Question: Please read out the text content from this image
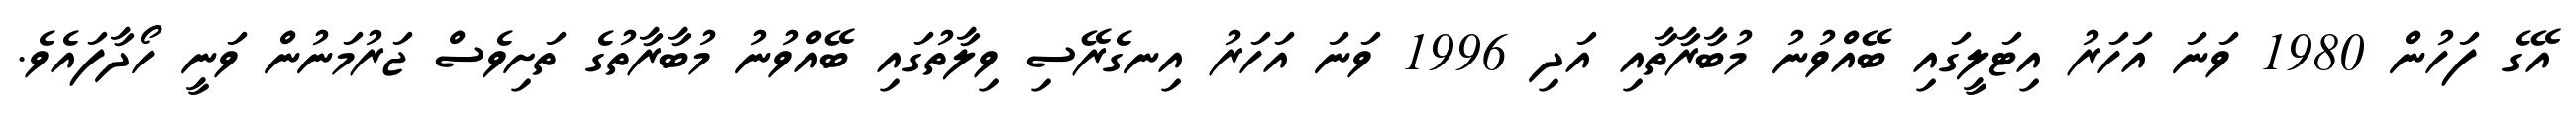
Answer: އޭގެ ފަހުން 1980 ވަނަ އަހަރު އިޓަލީގައި ބޭއްވުނު މުބާރާތާއި އަދި 1996 ވަނަ އަހަރު އިނގެރޭސި ވިލާތުގައި ބޭއްވުނު މުބާރާތުގެ ތަށިވެސް ޖަރުމަނުން ވަނީ ހޯދާފައެވެ.